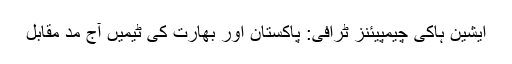
ایشین ہاکی چیمپیئنز ٹرافی: پاکستان اور بھارت کی ٹیمیں آج مد مقابل